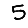
Digit: 5